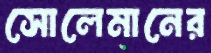
সোলেমানের